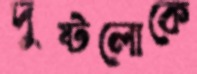
দুষ্টলোকে